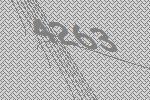
4263